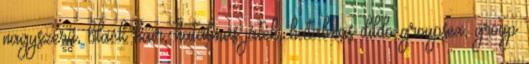
nagyszerű, black hair, hatalmas játék, hatalmas dildo groupsex, group